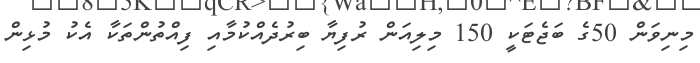
މިނިވަން 50ގެ ބަޖެޓަކީ 150 މިލިއަން ރުފިޔާ ބިރުދެއްކުމާއި ފިއްތުންތަކާ އެކު މުޅިން